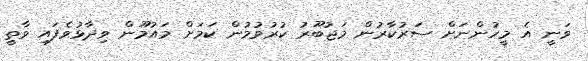
ވަނީ އެ މީހުންނަށް ސަރުކާރުން މަޖުބޫރު ކުރުވުމުން ކަމަށް މައުމޫން ވިދާޅުވެފައި ވާތީ